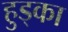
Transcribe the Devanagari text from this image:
हुड्का